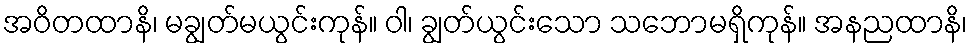
အဝိတထာနိ၊ မချွတ်မယွင်းကုန်။ ဝါ၊ ချွတ်ယွင်းသော သဘောမရှိကုန်။ အနညထာနိ၊